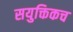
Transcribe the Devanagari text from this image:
सयुक्तिकच